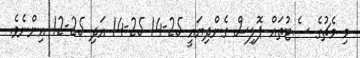
މި މެޗުގެ ސެޓުތައް ޕޮލިސް ގެންދިޔައީ 25-14 25-14 އަދި 25-12 އިންނެވެ.